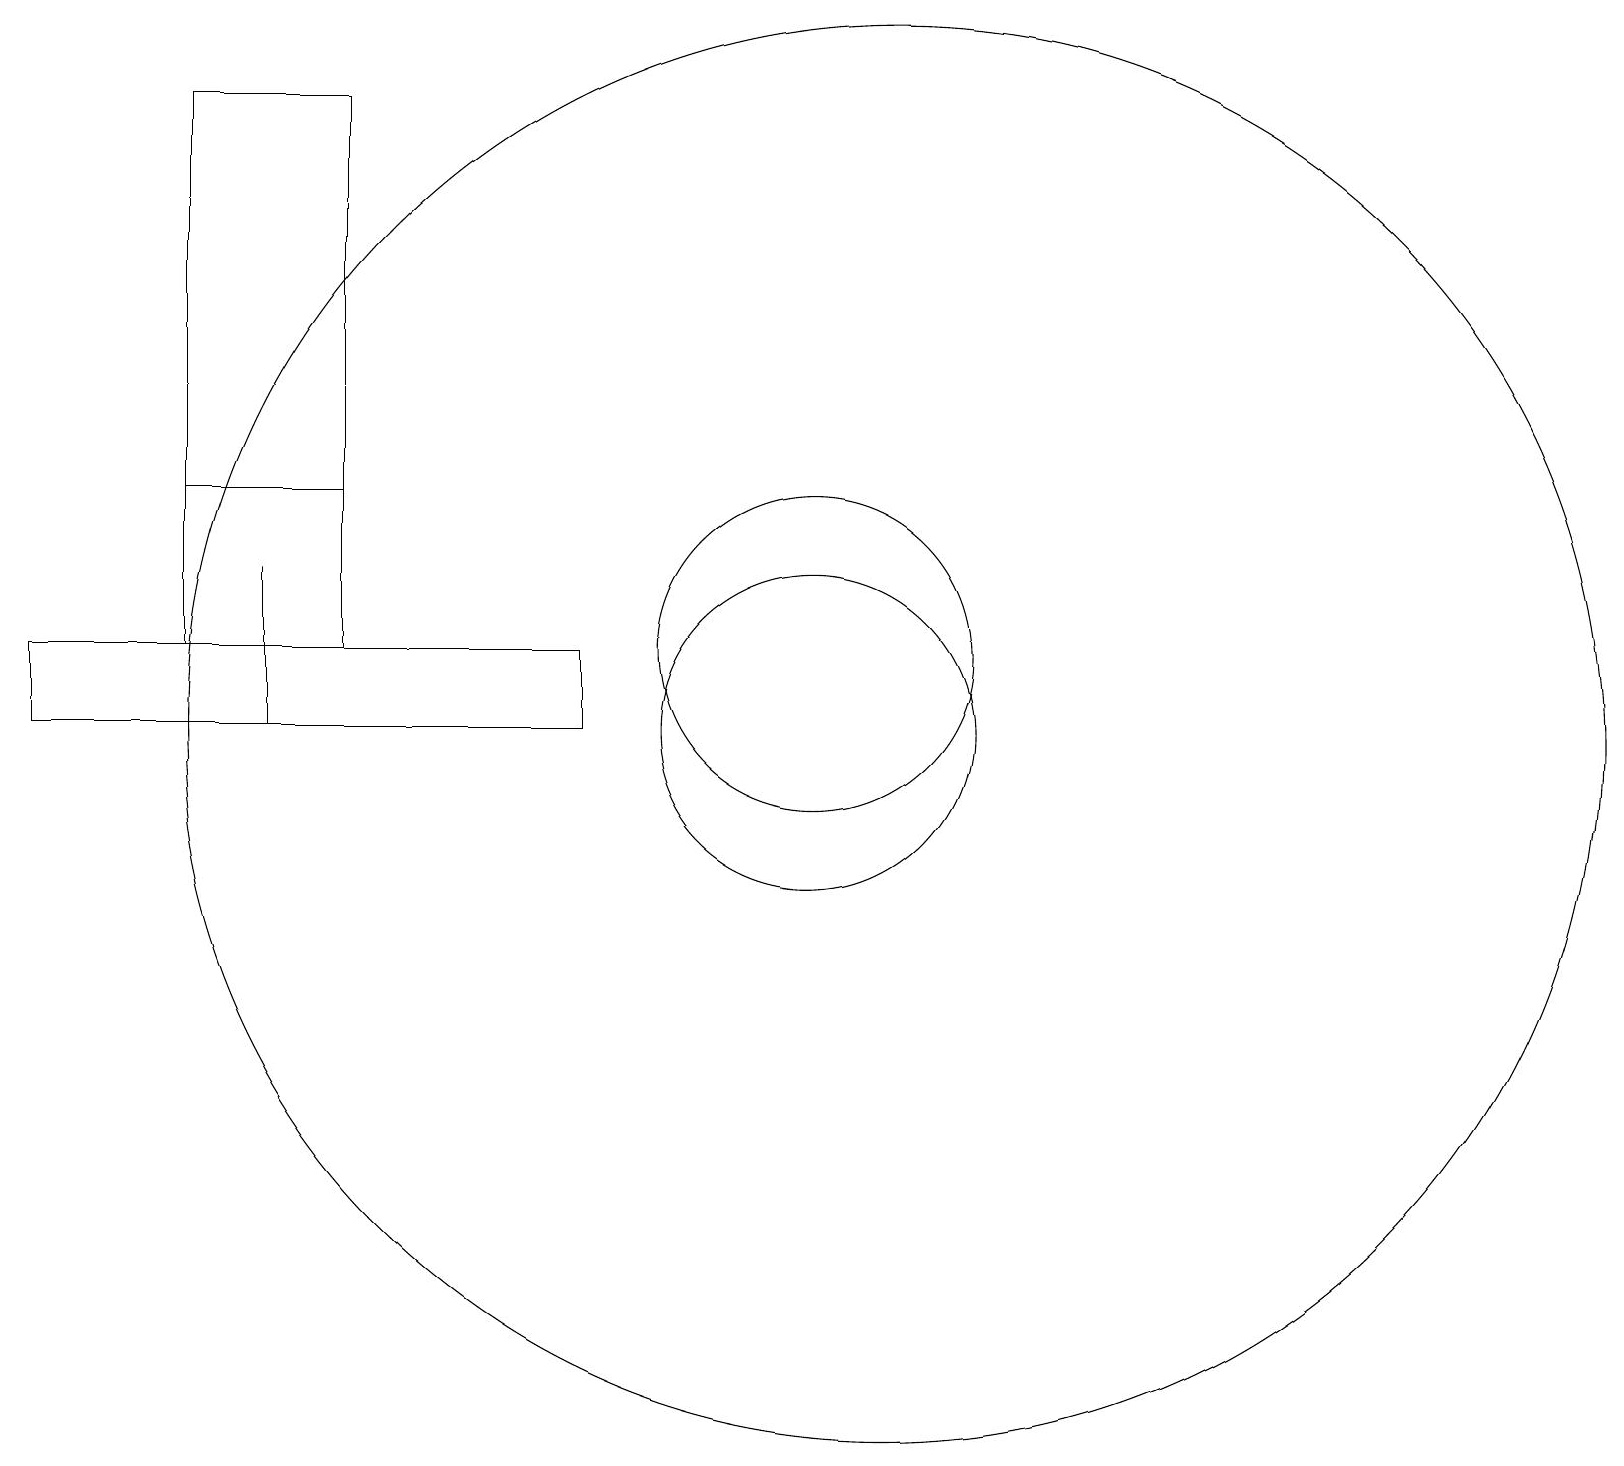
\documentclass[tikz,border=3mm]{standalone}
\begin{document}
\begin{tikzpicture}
\draw (3,13) rectangle (3,11);
\draw (11,11) circle (9);
\draw (0,12) rectangle (7,11);
\draw (4,19) rectangle (2,12);
\draw (10,11) circle (2);
\draw (12,10) circle (0);
\draw (2,12) rectangle (4,14);
\draw (10,12) circle (2);
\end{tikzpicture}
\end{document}